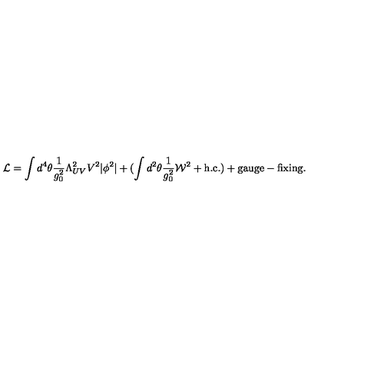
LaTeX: { \cal L } = \int d ^ { 4 } \theta \frac { 1 } { g _ { 0 } ^ { 2 } } \Lambda _ { U V } ^ { 2 } V ^ { 2 } | \phi ^ { 2 } | + ( \int d ^ { 2 } \theta \frac { 1 } { g _ { 0 } ^ { 2 } } { \cal W } ^ { 2 } + \mathrm { h . c . } ) + \mathrm { g a u g e - f i x i n g } .